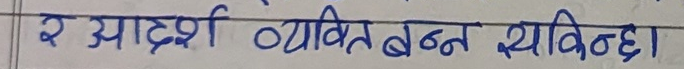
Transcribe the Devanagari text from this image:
र आदर्श व्यक्तित्व बन्न सकिन्छ।